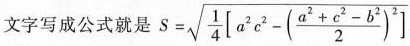
文字写成公式就是s $$S= \sqrt{\frac{1}{4}\left[ a^{2}c^{2}-(\frac{a^{2}+c^{2}-b^{2}}{2})^{2}\right]},$$